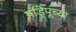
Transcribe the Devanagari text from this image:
षड्रिपूंच्या